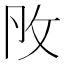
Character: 𢻮